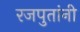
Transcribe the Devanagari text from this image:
रजपुतांनी